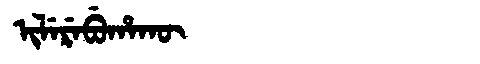
Manchu: ᡳᠯᡝᡵᡝᠪᡠᡥᠠᡴᡡ
Romanization: ILEREBUHAKŪ